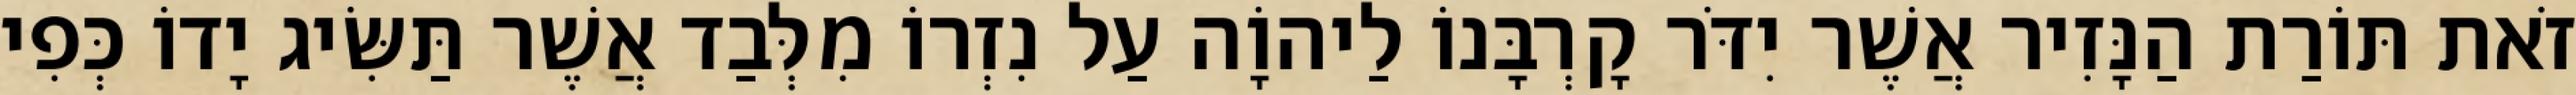
זֹאת תּוֹרַת הַנָּזִיר אֲשֶׁר יִדֹּר קָרְבָּנוֹ לַיהוָֹה עַל נִזְרוֹ מִלְּבַד אֲשֶׁר תַּשִּׂיג יָדוֹ כְּפִי